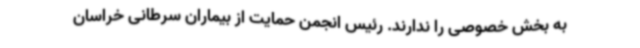
به بخش خصوصی را ندارند. رئیس انجمن حمایت از بیماران سرطانی خراسان